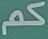
كم